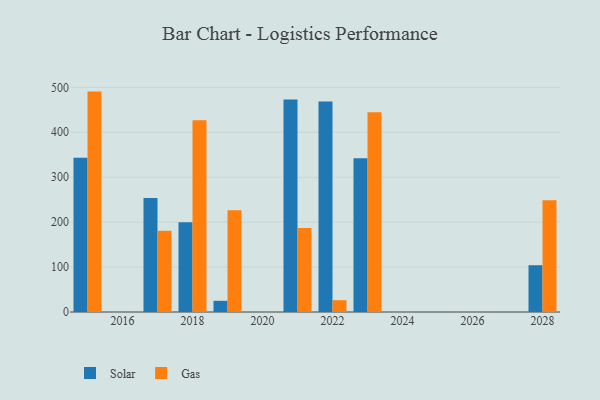
{"axis": {"x": "Year", "y": "Satisfaction Score"}, "legend": ["Gas", "Solar"], "data": [{"x": "2022", "y": 468.2, "type": "Solar"}, {"x": "2022", "y": 26.3, "type": "Gas"}, {"x": "2019", "y": 24.9, "type": "Solar"}, {"x": "2019", "y": 226.7, "type": "Gas"}, {"x": "2021", "y": 473.0, "type": "Solar"}, {"x": "2021", "y": 186.9, "type": "Gas"}, {"x": "2015", "y": 343.3, "type": "Solar"}, {"x": "2015", "y": 490.5, "type": "Gas"}, {"x": "2023", "y": 342.2, "type": "Solar"}, {"x": "2023", "y": 444.7, "type": "Gas"}, {"x": "2018", "y": 199.7, "type": "Solar"}, {"x": "2018", "y": 427.0, "type": "Gas"}, {"x": "2017", "y": 253.7, "type": "Solar"}, {"x": "2017", "y": 180.8, "type": "Gas"}, {"x": "2028", "y": 104.1, "type": "Solar"}, {"x": "2028", "y": 248.8, "type": "Gas"}]}